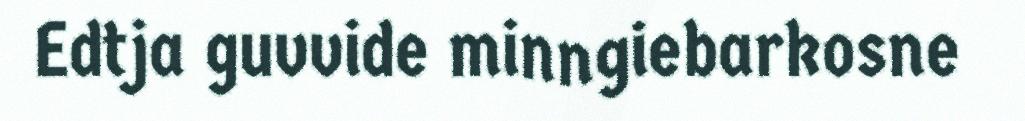
Edtja guvvide minngiebarkosne